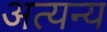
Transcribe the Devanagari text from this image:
अत्यन्य